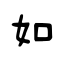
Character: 如